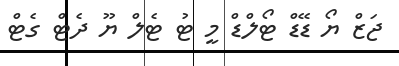
ޖަޒް ޔޯ ޑޭޑް ޓޯލްޑް މީ ޓު ޓެލް ޔޫ ދެޓް ގެޓް